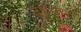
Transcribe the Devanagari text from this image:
दुहकर